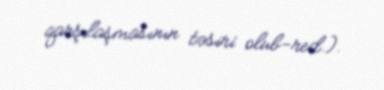
qarşılaşmasının təsiri olub-red.).